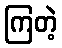
ကြတဲ့